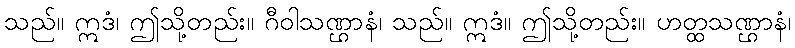
သည်။ ဣဒံ၊ ဤသို့တည်း။ ဂီဝါသဏ္ဌာနံ၊ သည်။ ဣဒံ။ ဤသို့တည်း။ ဟတ္ထသဏ္ဌာနံ၊